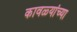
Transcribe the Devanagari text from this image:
कावळ्यांच्या